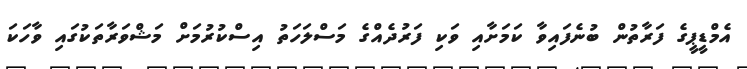
އެމްޑީޕީގެ ފަރާތުން ބުނެފައިވާ ކަމަށާއި ވަކި ފަރުދެއްގެ މަސްލަހަތު އިސްކުރުމަށް މަޝްވަރާތަކުގައި ވާހަކަ